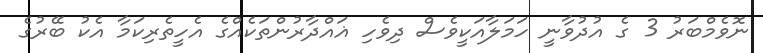
ނޮވެމްބަރު 3 ގެ އުދުވާނީ ހަމަލާއަކީވެސް ދިވެހި ޣައްދާރުންތަކެއްގެ އެހީތެރިކަމާ އެކު ބޭރުގެ